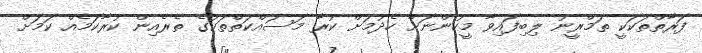
ފަރާތްތަކަކީ ތަމްރީނު ލިބިފައިވާ މީހުންނަށް ހެދުމަށް ކުރާ މަސައްކަތްތަކުގެ ތެރެއިން ކުރާކަމެއް ކަމަށް